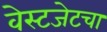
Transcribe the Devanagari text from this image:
वेस्टजेटचा